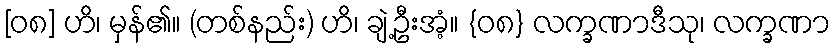
[၀၈] ဟိ၊ မှန်၏။ (တစ်နည်း) ဟိ၊ ချဲ့ဦးအံ့။ {၀၈} လက္ခဏာဒီသု၊ လက္ခဏာ